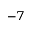
^ { - 7 }